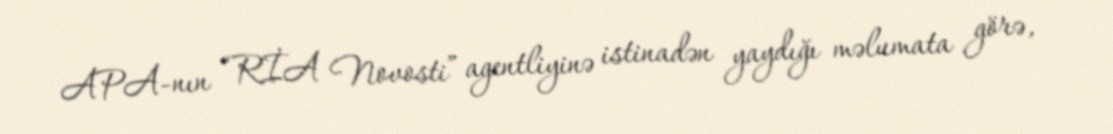
APA-nın “RİA Novosti” agentliyinə istinadən yaydığı məlumata görə,